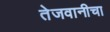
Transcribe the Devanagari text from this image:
तेजवानीचा